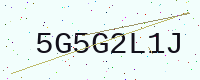
Text: 5G5G2L1J